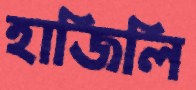
হাজিলি